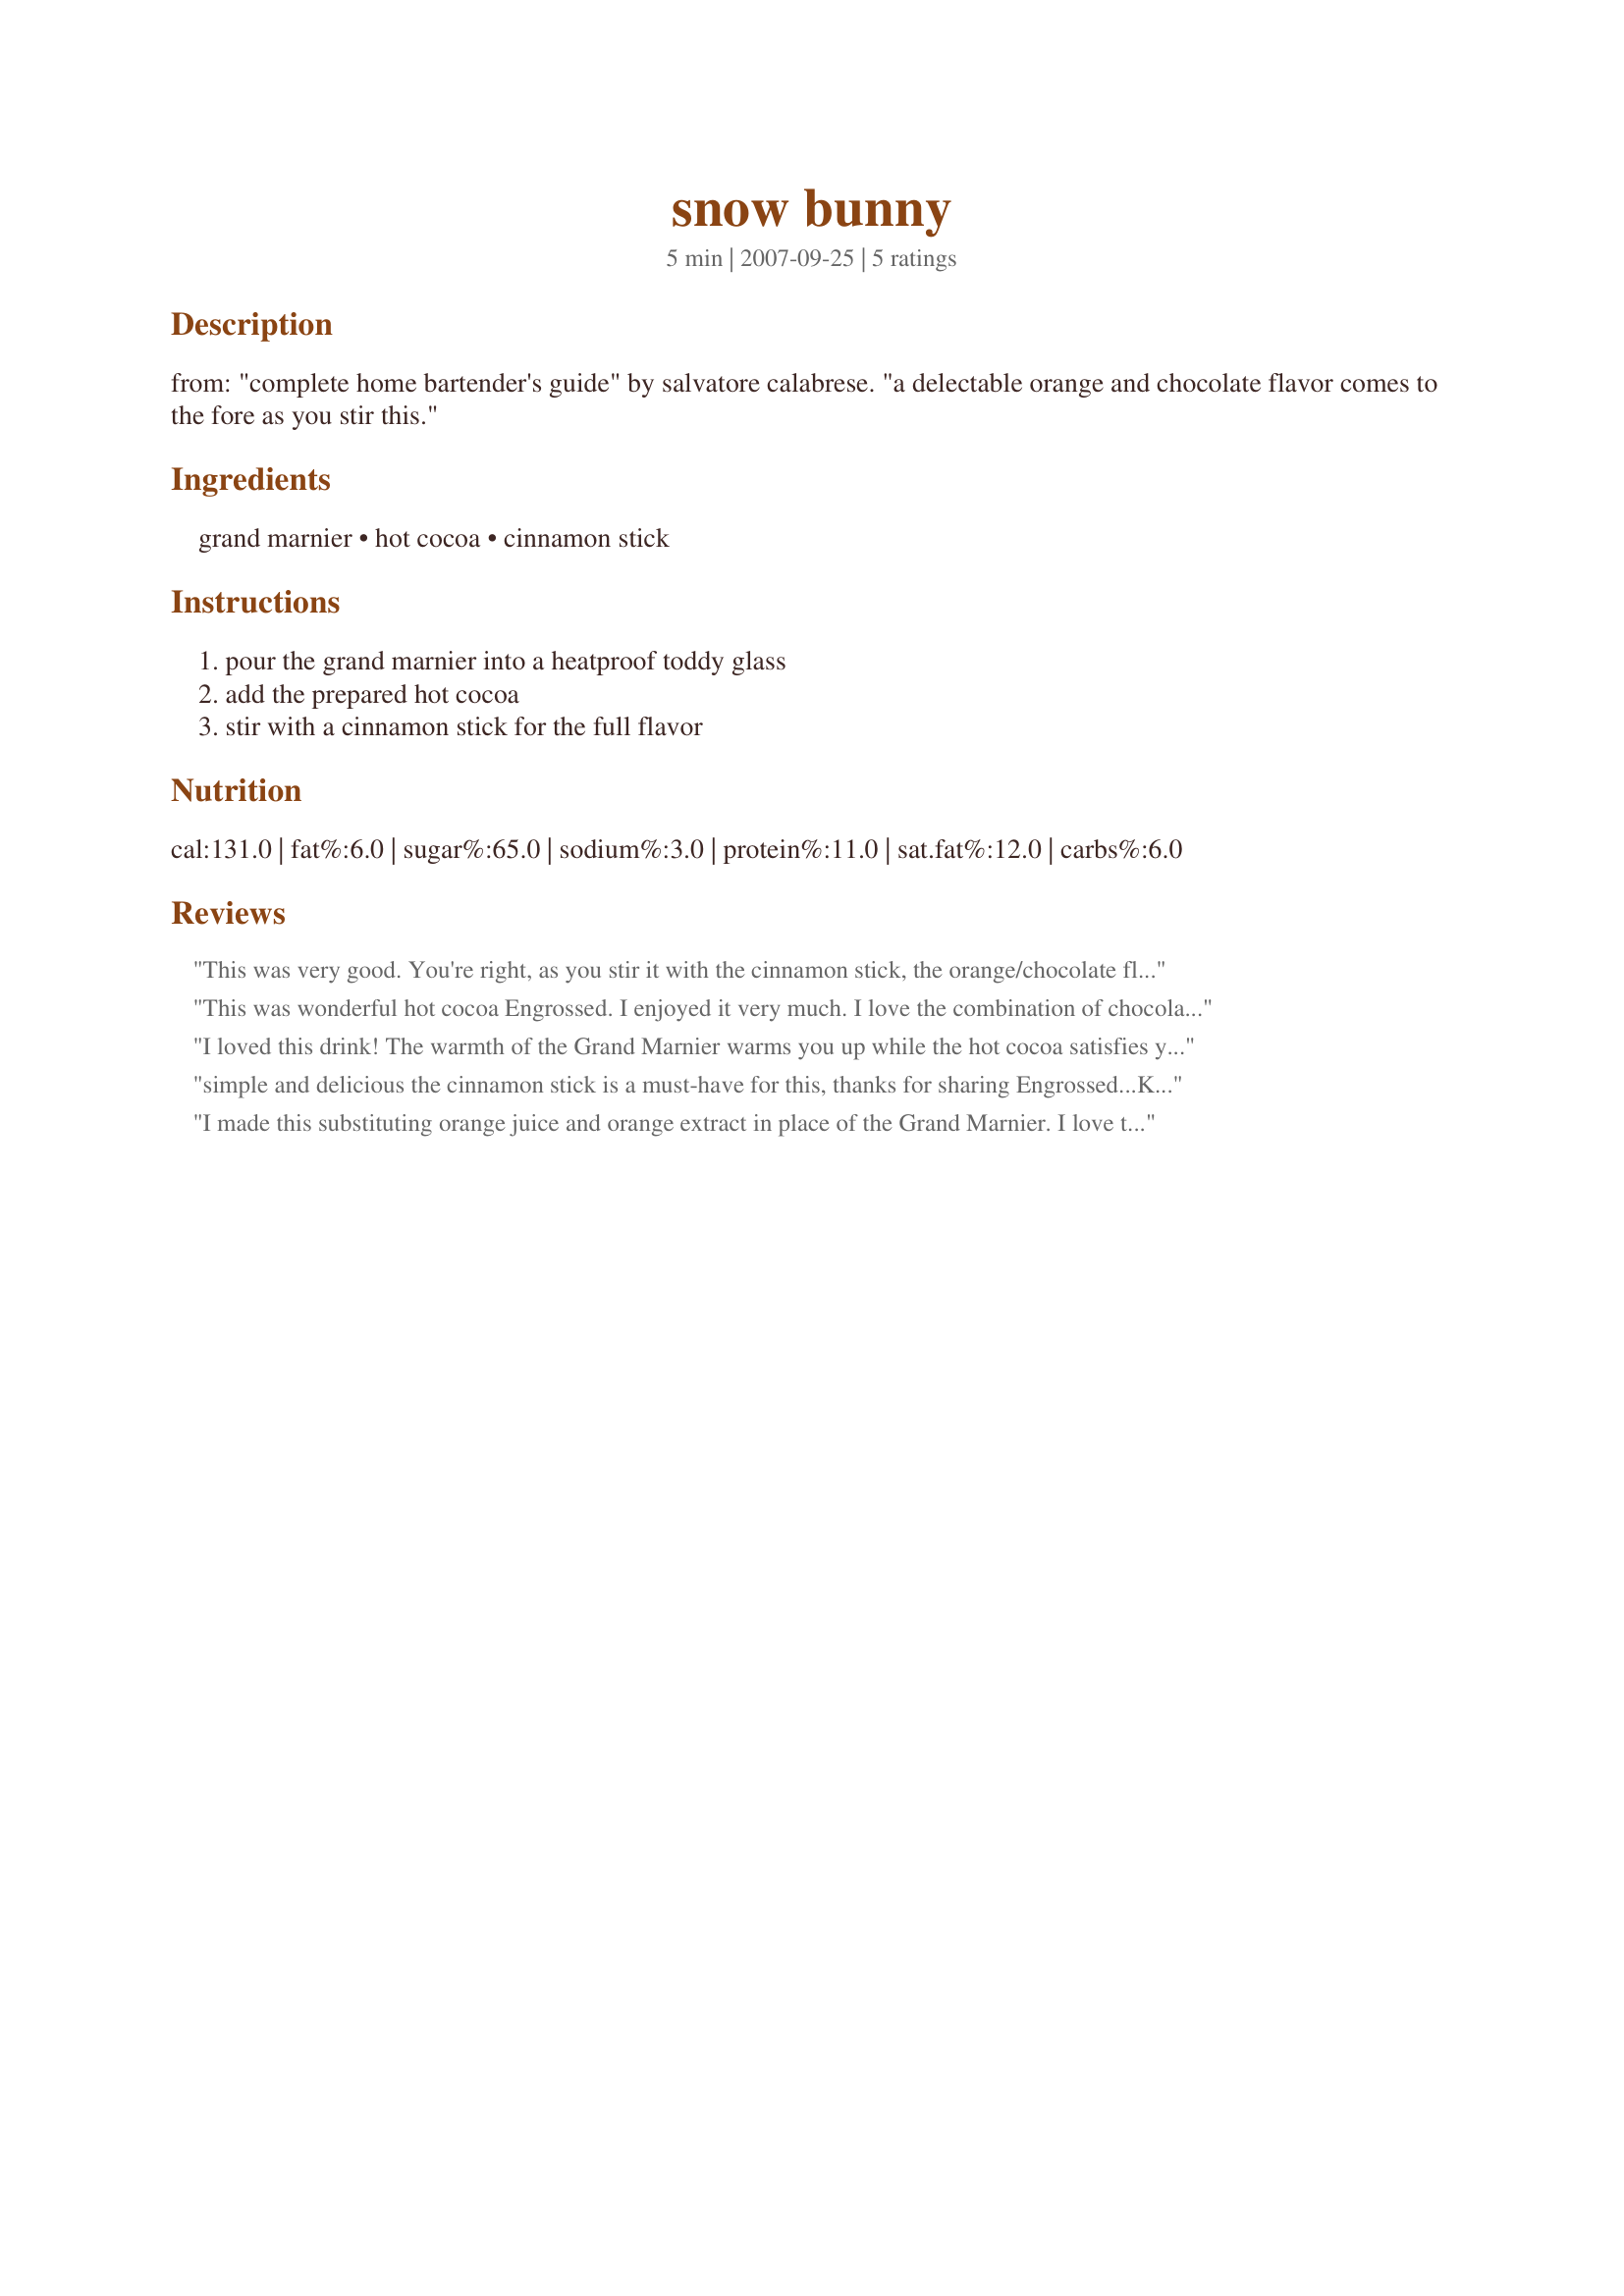
snow bunny
Preparation time: 5 minutes

from: "complete home bartender's guide" by salvatore calabrese. "a delectable orange and chocolate flavor comes to the fore as you stir this."

Ingredients:
grand marnier, hot cocoa, cinnamon stick

Steps:
pour the grand marnier into a heatproof toddy glass, add the prepared hot cocoa, stir with a cinnamon stick for the full flavor

Reviews:
This was very good. You're right, as you stir it with the cinnamon stick, the orange/chocolate flavor really comes alive. Thanks Engrossed for a nice drink on a cold evening!
This was wonderful hot cocoa Engrossed. I enjoyed it very much. I love the combination of chocolate, orange liquer and cinnamon. I topped the cocoa off with a nice big dollop of whipped cream. A truly wonderful drink, perfectly flavored and balanced. Thanks so much for sharing.
I loved this drink! The warmth of the Grand Marnier warms you up while the hot cocoa satisfies your chocolate craving. Made for 1-2-3 Wonders.
simple and delicious the cinnamon stick is a must-have for this, thanks for sharing Engrossed...Kitten:)
I made this substituting orange juice and orange extract in place of the Grand Marnier. I love the combination of chocolate and orange. The cinnamon stick compliments the orange/chocolate flavor perfectly without overpowering the drink. It is cool & overcast here in Dallas and this was the perfect drink to enjoy a lovely fall day. Thanks Engrossed!
